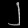
Digit: ၂